Vaccination report Assam 1896-1927 - 1896-1927
Year: 1896
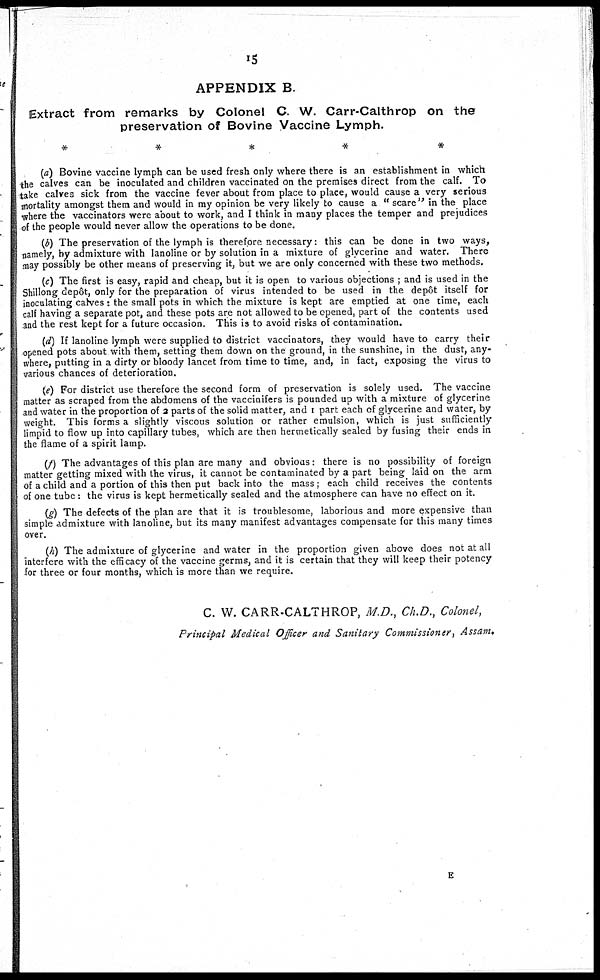
15
APPENDIX B.
Extract from remarks by Colonel C. W. Carr-Calthrop on the
preservation of Bovine Vaccine Lymph.
(a) Bovine vaccine lymph can be used fresh only where there is an establishment in which
the calves can be inoculated and children vaccinated on the premises direct from the calf. To
take calves sick from the vaccine fever about from place to place, would cause a very serious
mortality amongst them and would in my opinion be very likely to cause a " scare" in the place
where the vaccinators were about to work, and I think in many places the temper and prejudices
of the people would never allow the operations to be done.
(b) The preservation of the lymph is therefore necessary: this can be done in two ways,
namely, by admixture with lanoline or by solution in a mixture of glycerine and water. There
may possibly be other means of preserving it, but we are only concerned with these two methods.
(c) The first is easy, rapid and cheap, but it is open to various objections ; and is used in the
Shillong depôt, only for the preparation of virus intended to be used in the depôt itself for
inoculating calves: the small pots in which the mixture is kept are emptied at one time, each
calf having a separate pot, and these pots are not allowed to be opened, part of the contents used
and the rest kept for a future occasion. This is to avoid risks of contamination.
(d) If lanoline lymph were supplied to district vaccinators, they would have to carry their
opened pots about with them, setting them down on the ground, in the sunshine, in the dust, any-
where, putting in a dirty or bloody lancet from time to time, and, in fact, exposing the virus to
various chances of deterioration.
(e) For district use therefore the second form of preservation is solely used. The vaccine
matter as scraped from the abdomens of the vaccinifers is pounded up with a mixture of glycerine
and water in the proportion of 2 parts of the solid matter, and 1 part each of glycerine and water, by
weight. This forms a slightly viscous solution or rather emulsion, which is just sufficiently
limpid to flow up into capillary tubes, which are then hermetically sealed by fusing their ends in
the flame of a spirit lamp.
(f) The advantages of this plan are many and obvious: there is no possibility of foreign
matter getting mixed with the virus, it cannot be contaminated by a part being laid on the arm
of a child and a portion of this then put back into the mass; each child receives the contents
of one tube: the virus is kept hermetically sealed and the atmosphere can have no effect on it.
(g) The defects of the plan are that it is troublesome, laborious and more expensive than
simple admixture with lanoline, but its many manifest advantages compensate for this many times
over.
(h) The admixture of glycerine and water in the proportion given above does not at all
interfere with the efficacy of the vaccine germs, and it is certain that they will keep their potency
for three or four months, which is more than we require.
C. W. CARR-CALTHROP, M.D., Ch.D., Colonel,
Principal Medical Officer and Sanitary Commissioner, Assam,
E